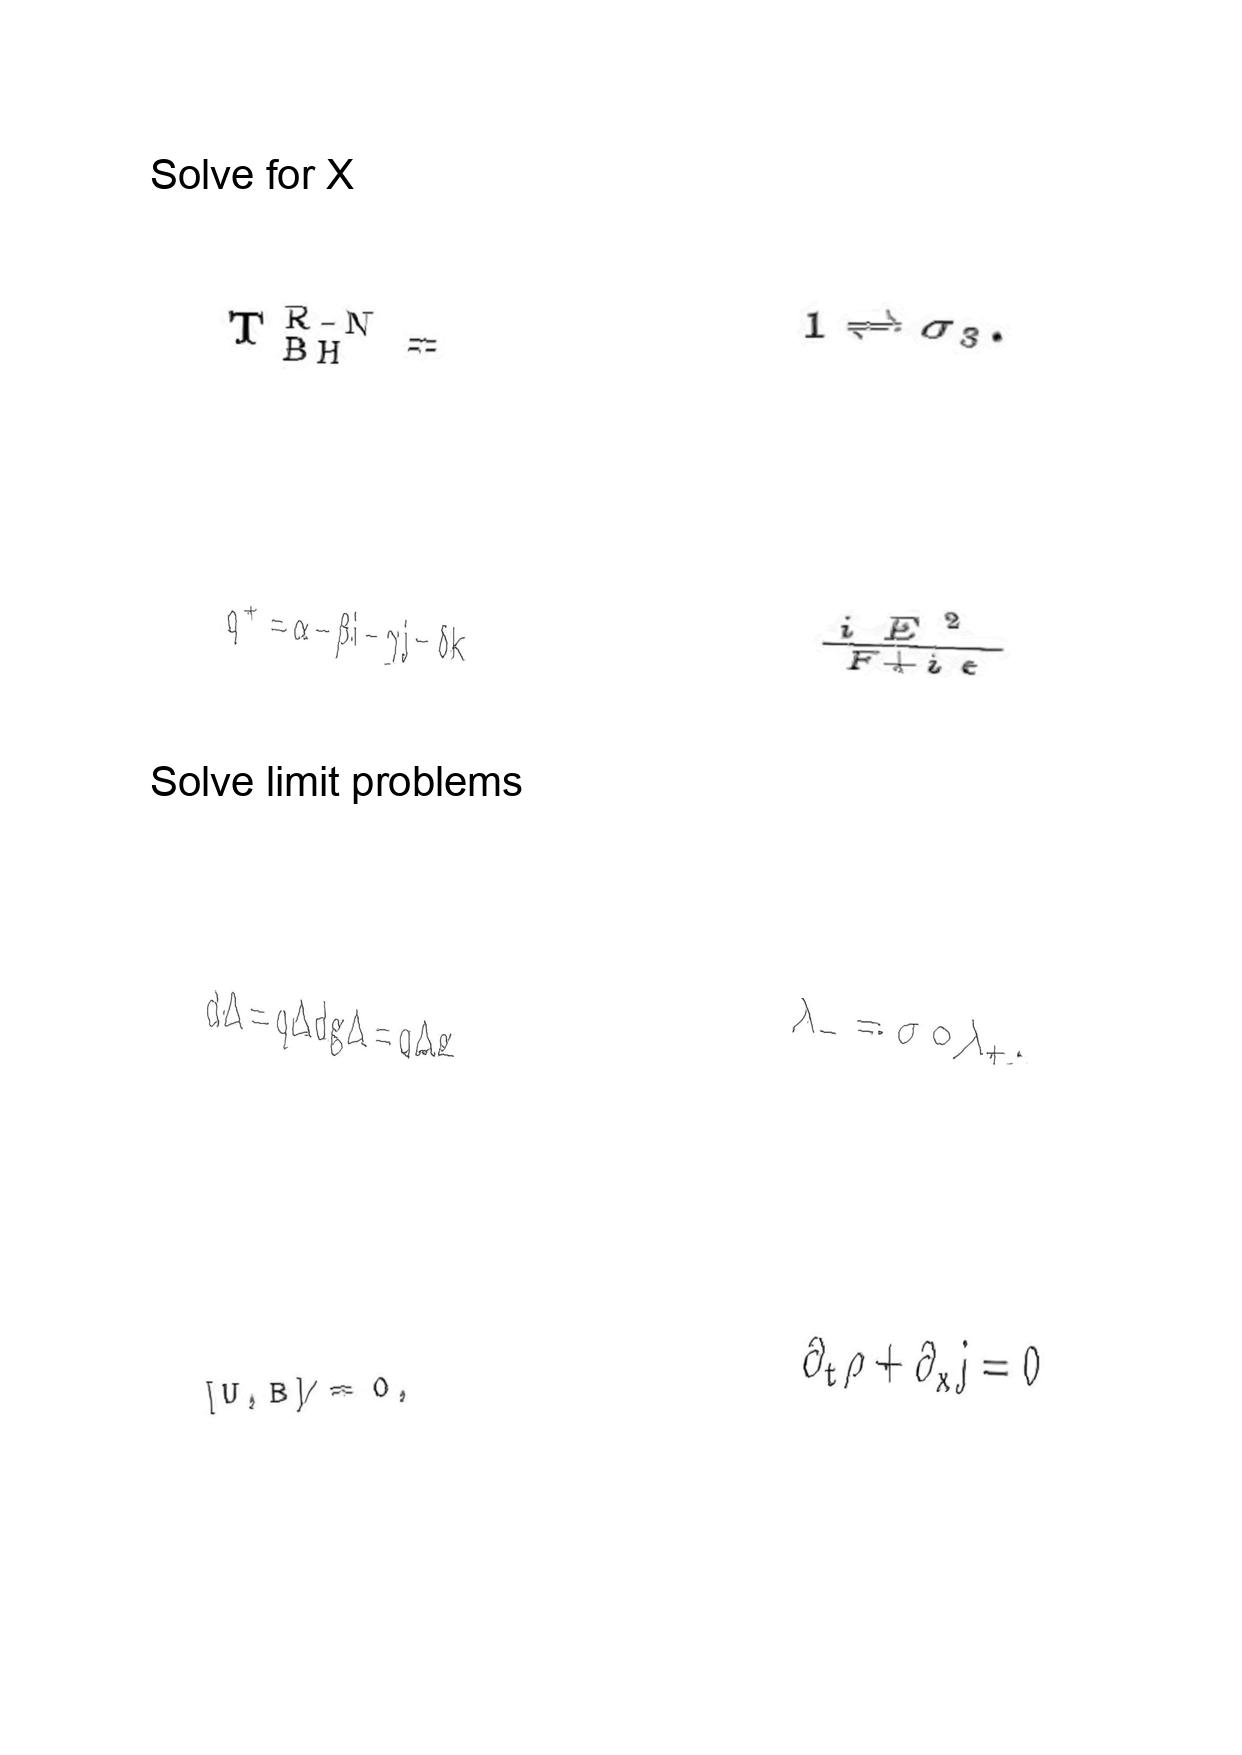
LaTeX transcription:
T _ { \mathrm { B H } } ^ { \mathrm { R - N } } =
q ^ { + } = \alpha - \beta i - \gamma j - \delta k
d \Delta = q \Delta d g \Delta = q \Delta g
\lbrack U , B \rbrack \neq 0 ,
1 \rightleftharpoons \sigma _ { 3 } .
\frac { i E ^ { 2 } } { F + i \epsilon }
\lambda _ { - } = \sigma \circ \lambda _ { + } .
\partial _ { t } \rho + \partial _ { x } j = 0